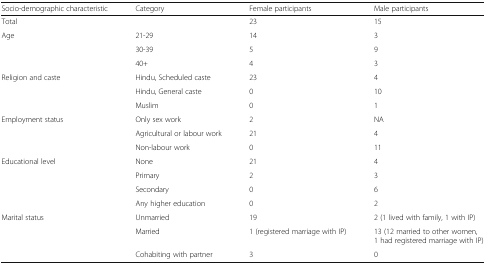
| Socio-demographic characteristic | Category | Female participants | Male participants |
 | --- | --- | --- | --- |
 | Total |  | 23 | 15 |
 | <ROWSPAN=3> Age | 21-29 | 14 | 3 |
 | 30-39 | 5 | 9 |
 | 40+ | 4 | 3 |
 | <ROWSPAN=3> Religion and caste | Hindu, Scheduled caste | 23 | 4 |
 | Hindu, General caste | 0 | 10 |
 | Muslim | 0 | 1 |
 | <ROWSPAN=3> Employment status | Only sex work | 2 | NA |
 | Agricultural or labour work | 21 | 4 |
 | Non-labour work | 0 | 11 |
 | <ROWSPAN=4> Educational level | None | 21 | 4 |
 | Primary | 2 | 3 |
 | Secondary | 0 | 6 |
 | Any higher education | 0 | 2 |
 | <ROWSPAN=3> Marital status | Unmarried | 19 | 2 (1 lived with family, 1 with IP) |
 | Married | 1 (registered marriage with IP) | 13 (12 married to other women, 1 had registered marriage with IP) |
 | Cohabiting with partner | 3 | 0 |